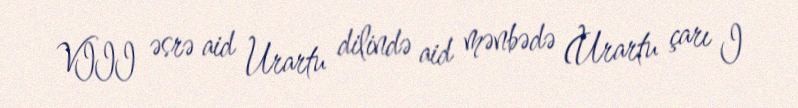
VIII əsrə aid Urartu dilində aid mənbədə (Urartu çarı I